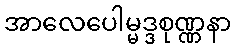
အာလေပေါမ္မဒ္ဒစုဏ္ဏနာ